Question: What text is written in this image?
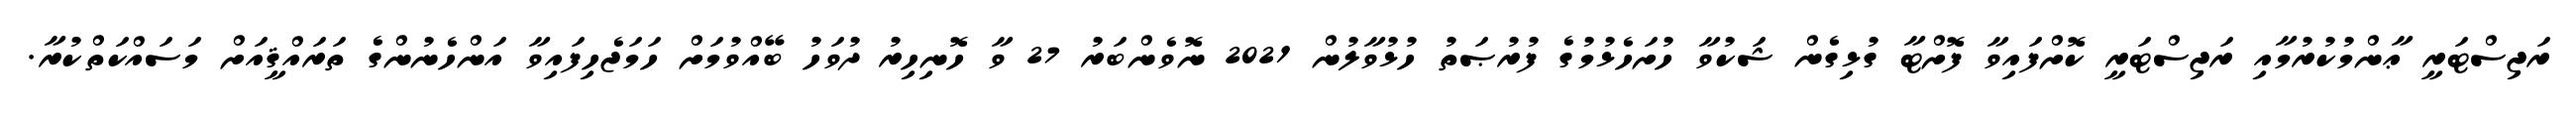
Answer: ރަޖިސްޓަރީ ޢާންމުކުރުމާއި ރަޖިސްޓަރީ ކޮށްފައިވާ ފޮށްޓާ ގުޅިގެން ޝަކުވާ ހުށަހެޅުމުގެ ފުރުޞަތު ހުޅުވާލުން 2021 ނޮވެންބަރު 27 ވާ ހޮނިހިރު ދުވަހު ބޭއްވުމަށް ހަމަޖެހިފައިވާ އަންހެނުންގެ ތަރައްޤީއަށް މަސައްކަތްކުރާ.